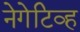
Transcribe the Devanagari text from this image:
नेगेटिव्ह